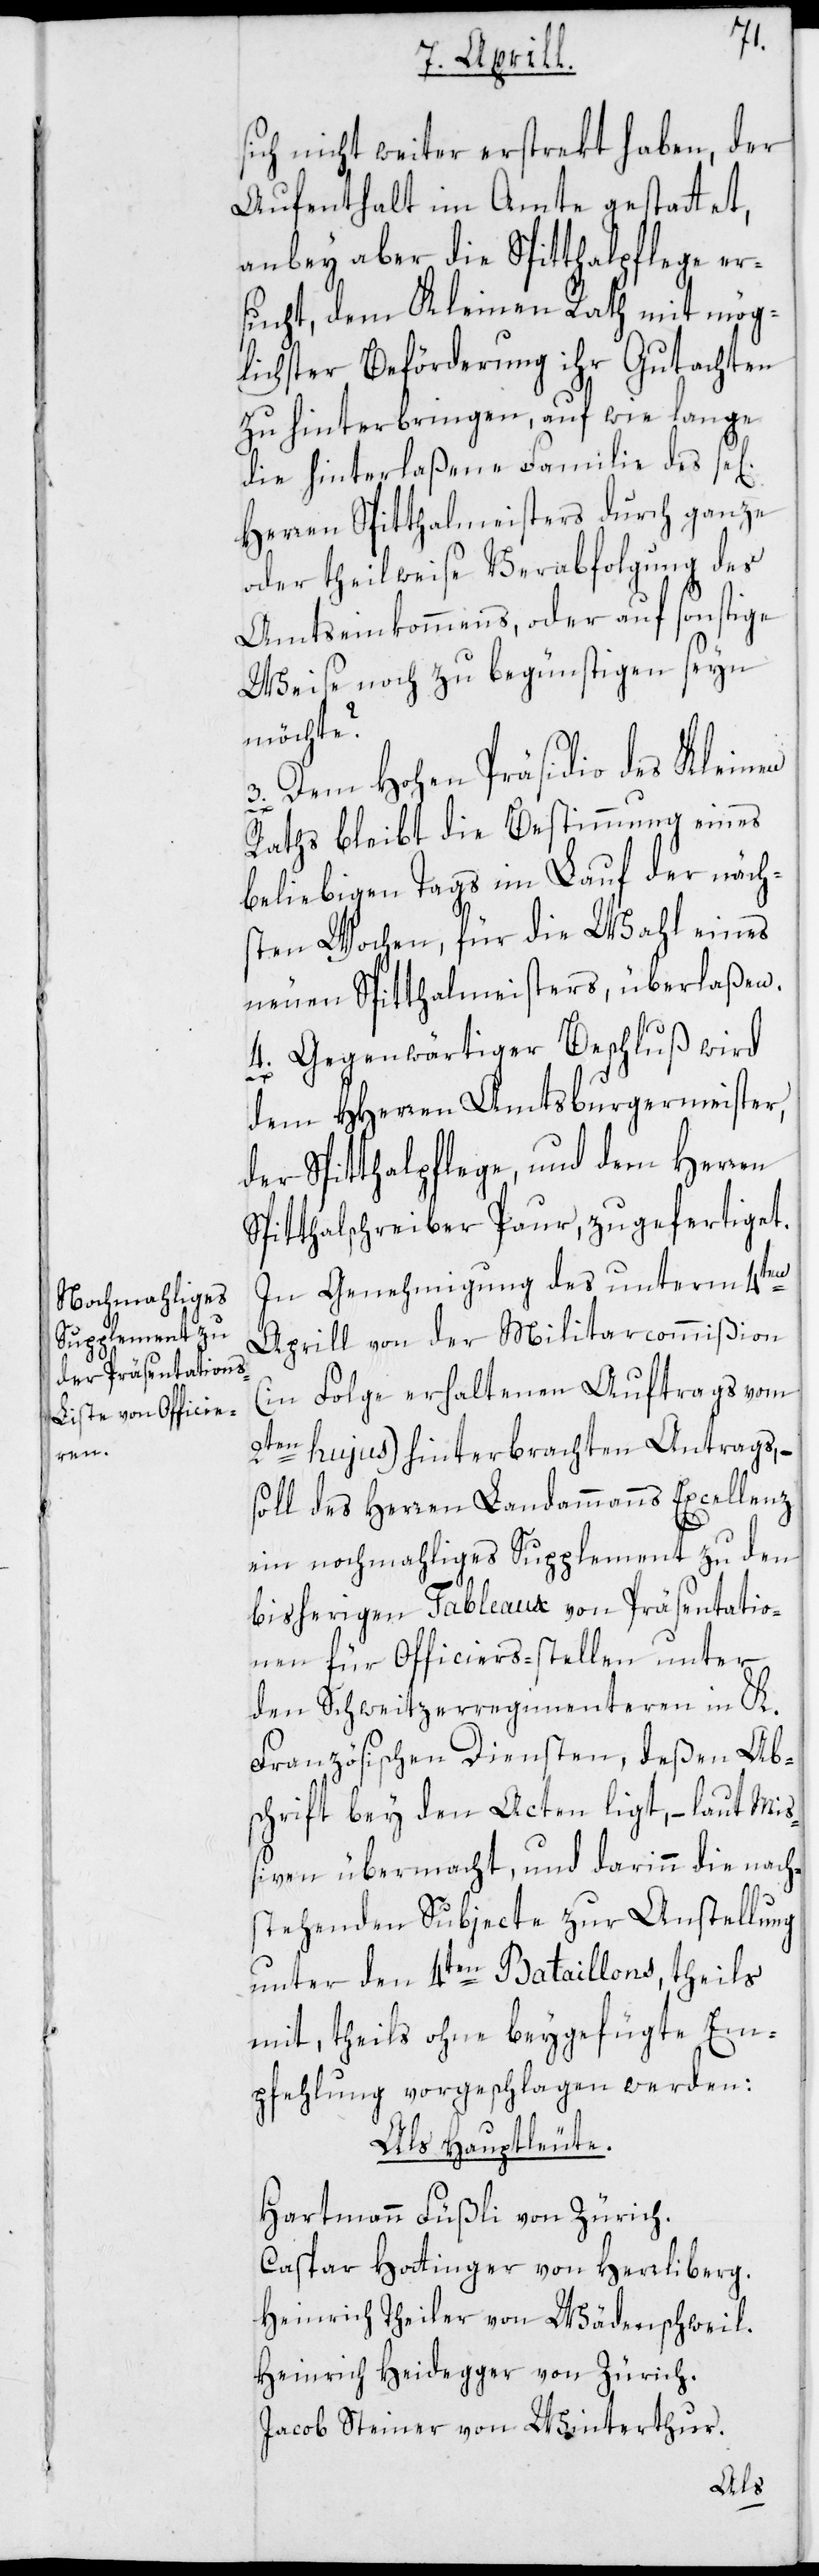
sich nicht weiter erstrekt haben, der
Aufenthalt im Amte gestattet,
anbey aber die Spitthalpflege er¬
sucht, dem Kleinen Rath mit mög¬
lichster Beförderung ihr Gutachten
zu hinterbringen, auf wie lange
die hinterlaßene Familie des se[li¬
Herren Spitthalmeisters durch ganze
oder theilweise Verabfolgung des
Amtseinkommens, oder auf sonstige
Weise noch zu begünstigen seyn
möchte?
Dem Hohen Präsidio des Kleinen
3.
Raths bleibt die Bestimmung eines
beliebigen Tags im Lauf der näch¬
sten Wochen, für die Wahl eines
neuen Spitthalmeisters, überlaßen.
4. Gegenwärtiger Beschluß wird
dem HHerren Amtsburgermeister,
der Spitthalpflege, und dem Herren
Spitthalschreiber Paur, zugefertiget.
In Genehmigung des unterm 4ten
Aprill von der Militarcommißion
(in Folge erhaltenen Auftrags vom
2ten hujus) hinterbrachten Antrags, –
soll des Herren Landammanns Excellenz
ein nochmahliges Supplement zu den
bisherigen Tableaux von Präsentatio¬
nen für Officiers-stellen unter
den Schweitzerregimenteren in K.
Französischen Diensten, deßen Ab¬
schrift bey den Acten ligt, – laut Mis¬
siven übermacht, und darinn die nach¬
stehenden Subjecte zur Anstellung
unter den 4ten Bataillons, theils
mit, theils ohne beygefügte Em¬
pfehlung vorgeschlagen werden:
Als Hauptleute.
Hartmann Füßli von Zürich.
Caspar Hottinger von Herrliberg.
Heinrich Theiler von Wädenschweil.
Heinrich Heidegger von Zürich.
Jacob Steiner von Winterthur.